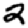
Digit: 2